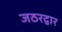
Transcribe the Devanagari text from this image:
जठरद्वार